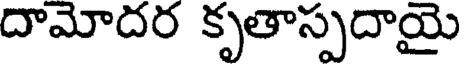
దామోదర కృతాస్పదాయై